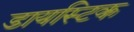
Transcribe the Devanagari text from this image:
डायस्टिक